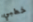
خطبي